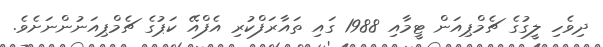
ދިވެހި ލީގުގެ ޗެމްޕިއަން ޓީމާއި 1988 ގައި ތައާރަފްކުރި އެފްއޭ ކަޕުގެ ޗެމްޕިއަނުންނަށެވެ.